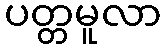
ပတ္တမူလာ